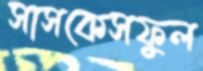
সাসকেসফুল